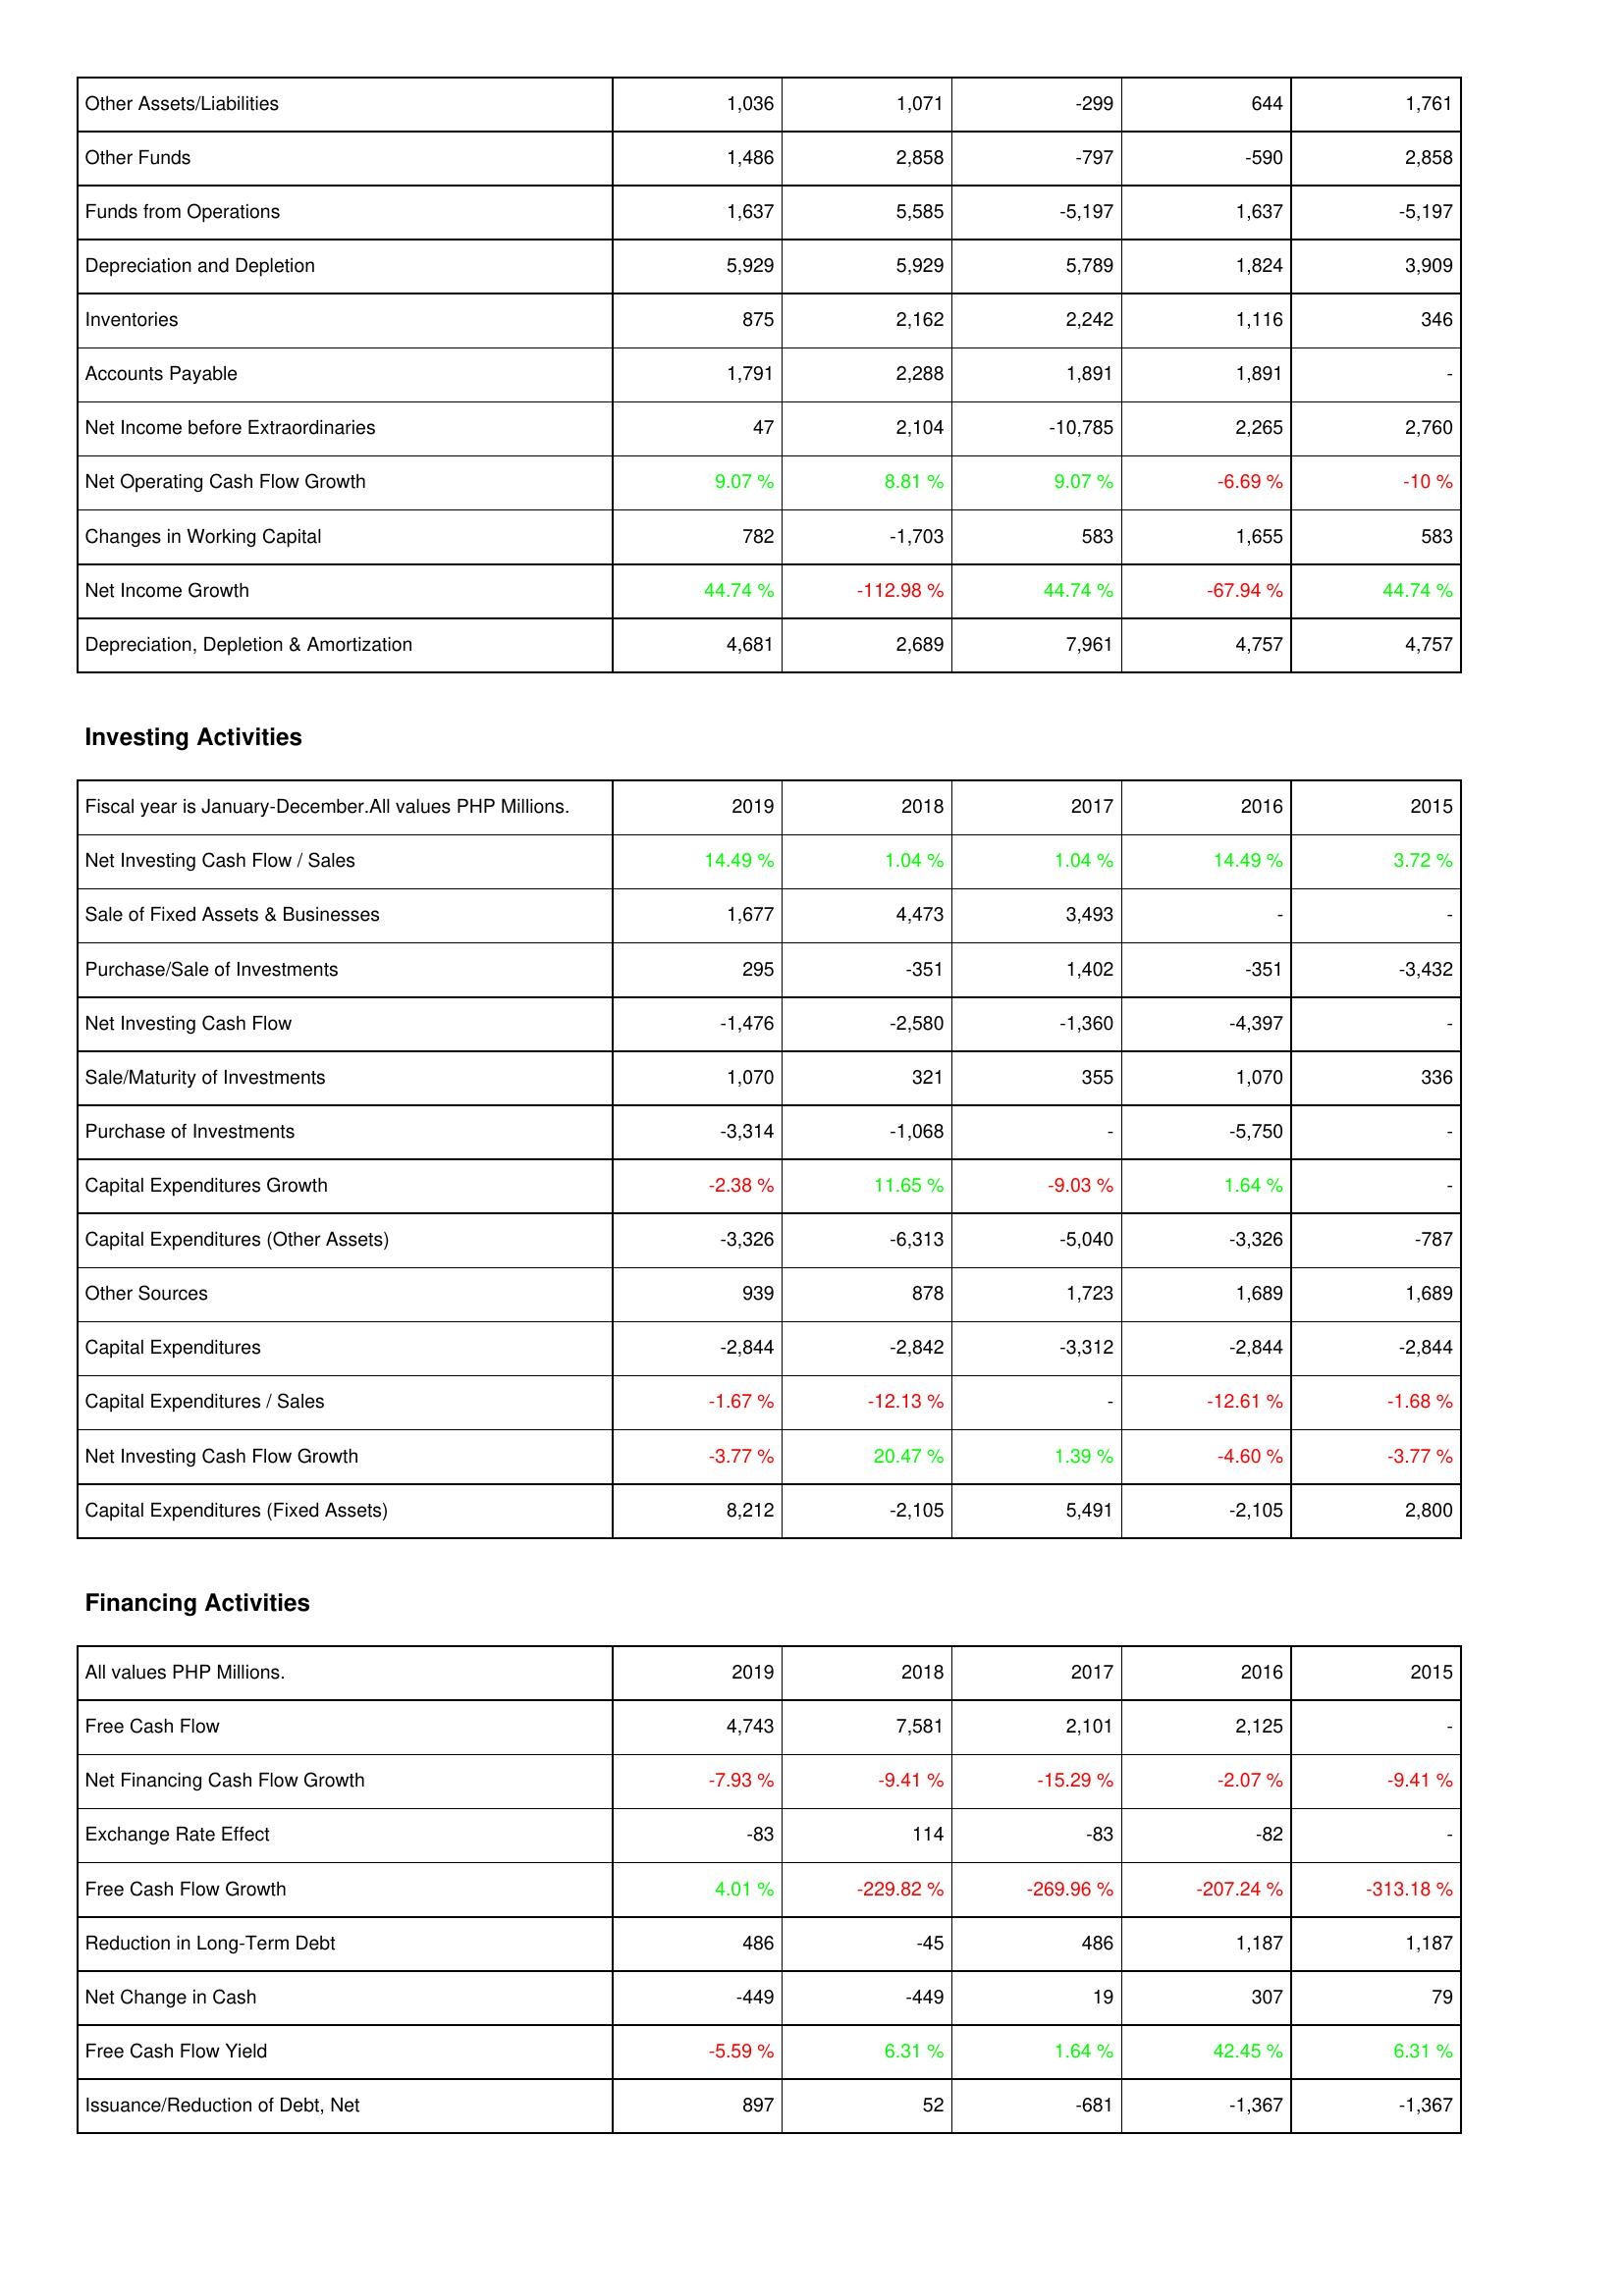
2019: Operating Activities: Other Assets/Liabilities: 1,036
Other Funds: 1,486
Funds from Operations: 1,637
Depreciation and Depletion: 5,929
Inventories: 875
Accounts Payable: 1,791
Net Income before Extraordinaries: 47
Net Operating Cash Flow Growth: 9.07 %
Changes in Working Capital: 782
Net Income Growth: 44.74 %
Depreciation, Depletion & Amortization: 4,681
Investing Activities: Net Investing Cash Flow / Sales: 14.49 %
Sale of Fixed Assets & Businesses: 1,677
Purchase/Sale of Investments: 295
Net Investing Cash Flow: -1,476
Sale/Maturity of Investments: 1,070
Purchase of Investments: -3,314
Capital Expenditures Growth: -2.38 %
Capital Expenditures (Other Assets): -3,326
Other Sources: 939
Capital Expenditures: -2,844
Capital Expenditures / Sales: -1.67 %
Net Investing Cash Flow Growth: -3.77 %
Capital Expenditures (Fixed Assets): 8,212
Financing Activities: Free Cash Flow: 4,743
Net Financing Cash Flow Growth: -7.93 %
Exchange Rate Effect: -83
Free Cash Flow Growth: 4.01 %
Reduction in Long-Term Debt: 486
Net Change in Cash: -449
Free Cash Flow Yield: -5.59 %
Issuance/Reduction of Debt, Net: 897
2018: Operating Activities: Other Assets/Liabilities: 1,071
Other Funds: 2,858
Funds from Operations: 5,585
Depreciation and Depletion: 5,929
Inventories: 2,162
Accounts Payable: 2,288
Net Income before Extraordinaries: 2,104
Net Operating Cash Flow Growth: 8.81 %
Changes in Working Capital: -1,703
Net Income Growth: -112.98 %
Depreciation, Depletion & Amortization: 2,689
Investing Activities: Net Investing Cash Flow / Sales: 1.04 %
Sale of Fixed Assets & Businesses: 4,473
Purchase/Sale of Investments: -351
Net Investing Cash Flow: -2,580
Sale/Maturity of Investments: 321
Purchase of Investments: -1,068
Capital Expenditures Growth: 11.65 %
Capital Expenditures (Other Assets): -6,313
Other Sources: 878
Capital Expenditures: -2,842
Capital Expenditures / Sales: -12.13 %
Net Investing Cash Flow Growth: 20.47 %
Capital Expenditures (Fixed Assets): -2,105
Financing Activities: Free Cash Flow: 7,581
Net Financing Cash Flow Growth: -9.41 %
Exchange Rate Effect: 114
Free Cash Flow Growth: -229.82 %
Reduction in Long-Term Debt: -45
Net Change in Cash: -449
Free Cash Flow Yield: 6.31 %
Issuance/Reduction of Debt, Net: 52
2017: Operating Activities: Other Assets/Liabilities: -299
Other Funds: -797
Funds from Operations: -5,197
Depreciation and Depletion: 5,789
Inventories: 2,242
Accounts Payable: 1,891
Net Income before Extraordinaries: -10,785
Net Operating Cash Flow Growth: 9.07 %
Changes in Working Capital: 583
Net Income Growth: 44.74 %
Depreciation, Depletion & Amortization: 7,961
Investing Activities: Net Investing Cash Flow / Sales: 1.04 %
Sale of Fixed Assets & Businesses: 3,493
Purchase/Sale of Investments: 1,402
Net Investing Cash Flow: -1,360
Sale/Maturity of Investments: 355
Purchase of Investments: -
Capital Expenditures Growth: -9.03 %
Capital Expenditures (Other Assets): -5,040
Other Sources: 1,723
Capital Expenditures: -3,312
Capital Expenditures / Sales: -
Net Investing Cash Flow Growth: 1.39 %
Capital Expenditures (Fixed Assets): 5,491
Financing Activities: Free Cash Flow: 2,101
Net Financing Cash Flow Growth: -15.29 %
Exchange Rate Effect: -83
Free Cash Flow Growth: -269.96 %
Reduction in Long-Term Debt: 486
Net Change in Cash: 19
Free Cash Flow Yield: 1.64 %
Issuance/Reduction of Debt, Net: -681
2016: Operating Activities: Other Assets/Liabilities: 644
Other Funds: -590
Funds from Operations: 1,637
Depreciation and Depletion: 1,824
Inventories: 1,116
Accounts Payable: 1,891
Net Income before Extraordinaries: 2,265
Net Operating Cash Flow Growth: -6.69 %
Changes in Working Capital: 1,655
Net Income Growth: -67.94 %
Depreciation, Depletion & Amortization: 4,757
Investing Activities: Net Investing Cash Flow / Sales: 14.49 %
Sale of Fixed Assets & Businesses: -
Purchase/Sale of Investments: -351
Net Investing Cash Flow: -4,397
Sale/Maturity of Investments: 1,070
Purchase of Investments: -5,750
Capital Expenditures Growth: 1.64 %
Capital Expenditures (Other Assets): -3,326
Other Sources: 1,689
Capital Expenditures: -2,844
Capital Expenditures / Sales: -12.61 %
Net Investing Cash Flow Growth: -4.60 %
Capital Expenditures (Fixed Assets): -2,105
Financing Activities: Free Cash Flow: 2,125
Net Financing Cash Flow Growth: -2.07 %
Exchange Rate Effect: -82
Free Cash Flow Growth: -207.24 %
Reduction in Long-Term Debt: 1,187
Net Change in Cash: 307
Free Cash Flow Yield: 42.45 %
Issuance/Reduction of Debt, Net: -1,367
2015: Operating Activities: Other Assets/Liabilities: 1,761
Other Funds: 2,858
Funds from Operations: -5,197
Depreciation and Depletion: 3,909
Inventories: 346
Accounts Payable: -
Net Income before Extraordinaries: 2,760
Net Operating Cash Flow Growth: -10 %
Changes in Working Capital: 583
Net Income Growth: 44.74 %
Depreciation, Depletion & Amortization: 4,757
Investing Activities: Net Investing Cash Flow / Sales: 3.72 %
Sale of Fixed Assets & Businesses: -
Purchase/Sale of Investments: -3,432
Net Investing Cash Flow: -
Sale/Maturity of Investments: 336
Purchase of Investments: -
Capital Expenditures Growth: -
Capital Expenditures (Other Assets): -787
Other Sources: 1,689
Capital Expenditures: -2,844
Capital Expenditures / Sales: -1.68 %
Net Investing Cash Flow Growth: -3.77 %
Capital Expenditures (Fixed Assets): 2,800
Financing Activities: Free Cash Flow: -
Net Financing Cash Flow Growth: -9.41 %
Exchange Rate Effect: -
Free Cash Flow Growth: -313.18 %
Reduction in Long-Term Debt: 1,187
Net Change in Cash: 79
Free Cash Flow Yield: 6.31 %
Issuance/Reduction of Debt, Net: -1,367